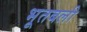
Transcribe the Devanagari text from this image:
भूतबली